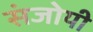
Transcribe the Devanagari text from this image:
संजोयी